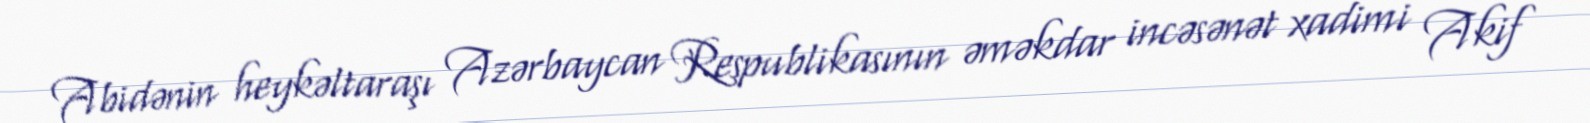
Abidənin heykəltaraşı Azərbaycan Respublikasının əməkdar incəsənət xadimi Akif